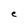
Character: e